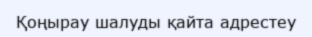
Қоңырау шалуды қайта адрестеу